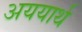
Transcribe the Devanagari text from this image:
अययार्थ